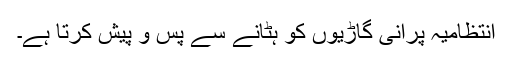
انتظامیہ پرانی گاڑیوں کو ہٹانے سے پس و پیش کرتا ہے۔